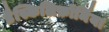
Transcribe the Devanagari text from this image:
डैस्किलिफ़ॉर्मिया